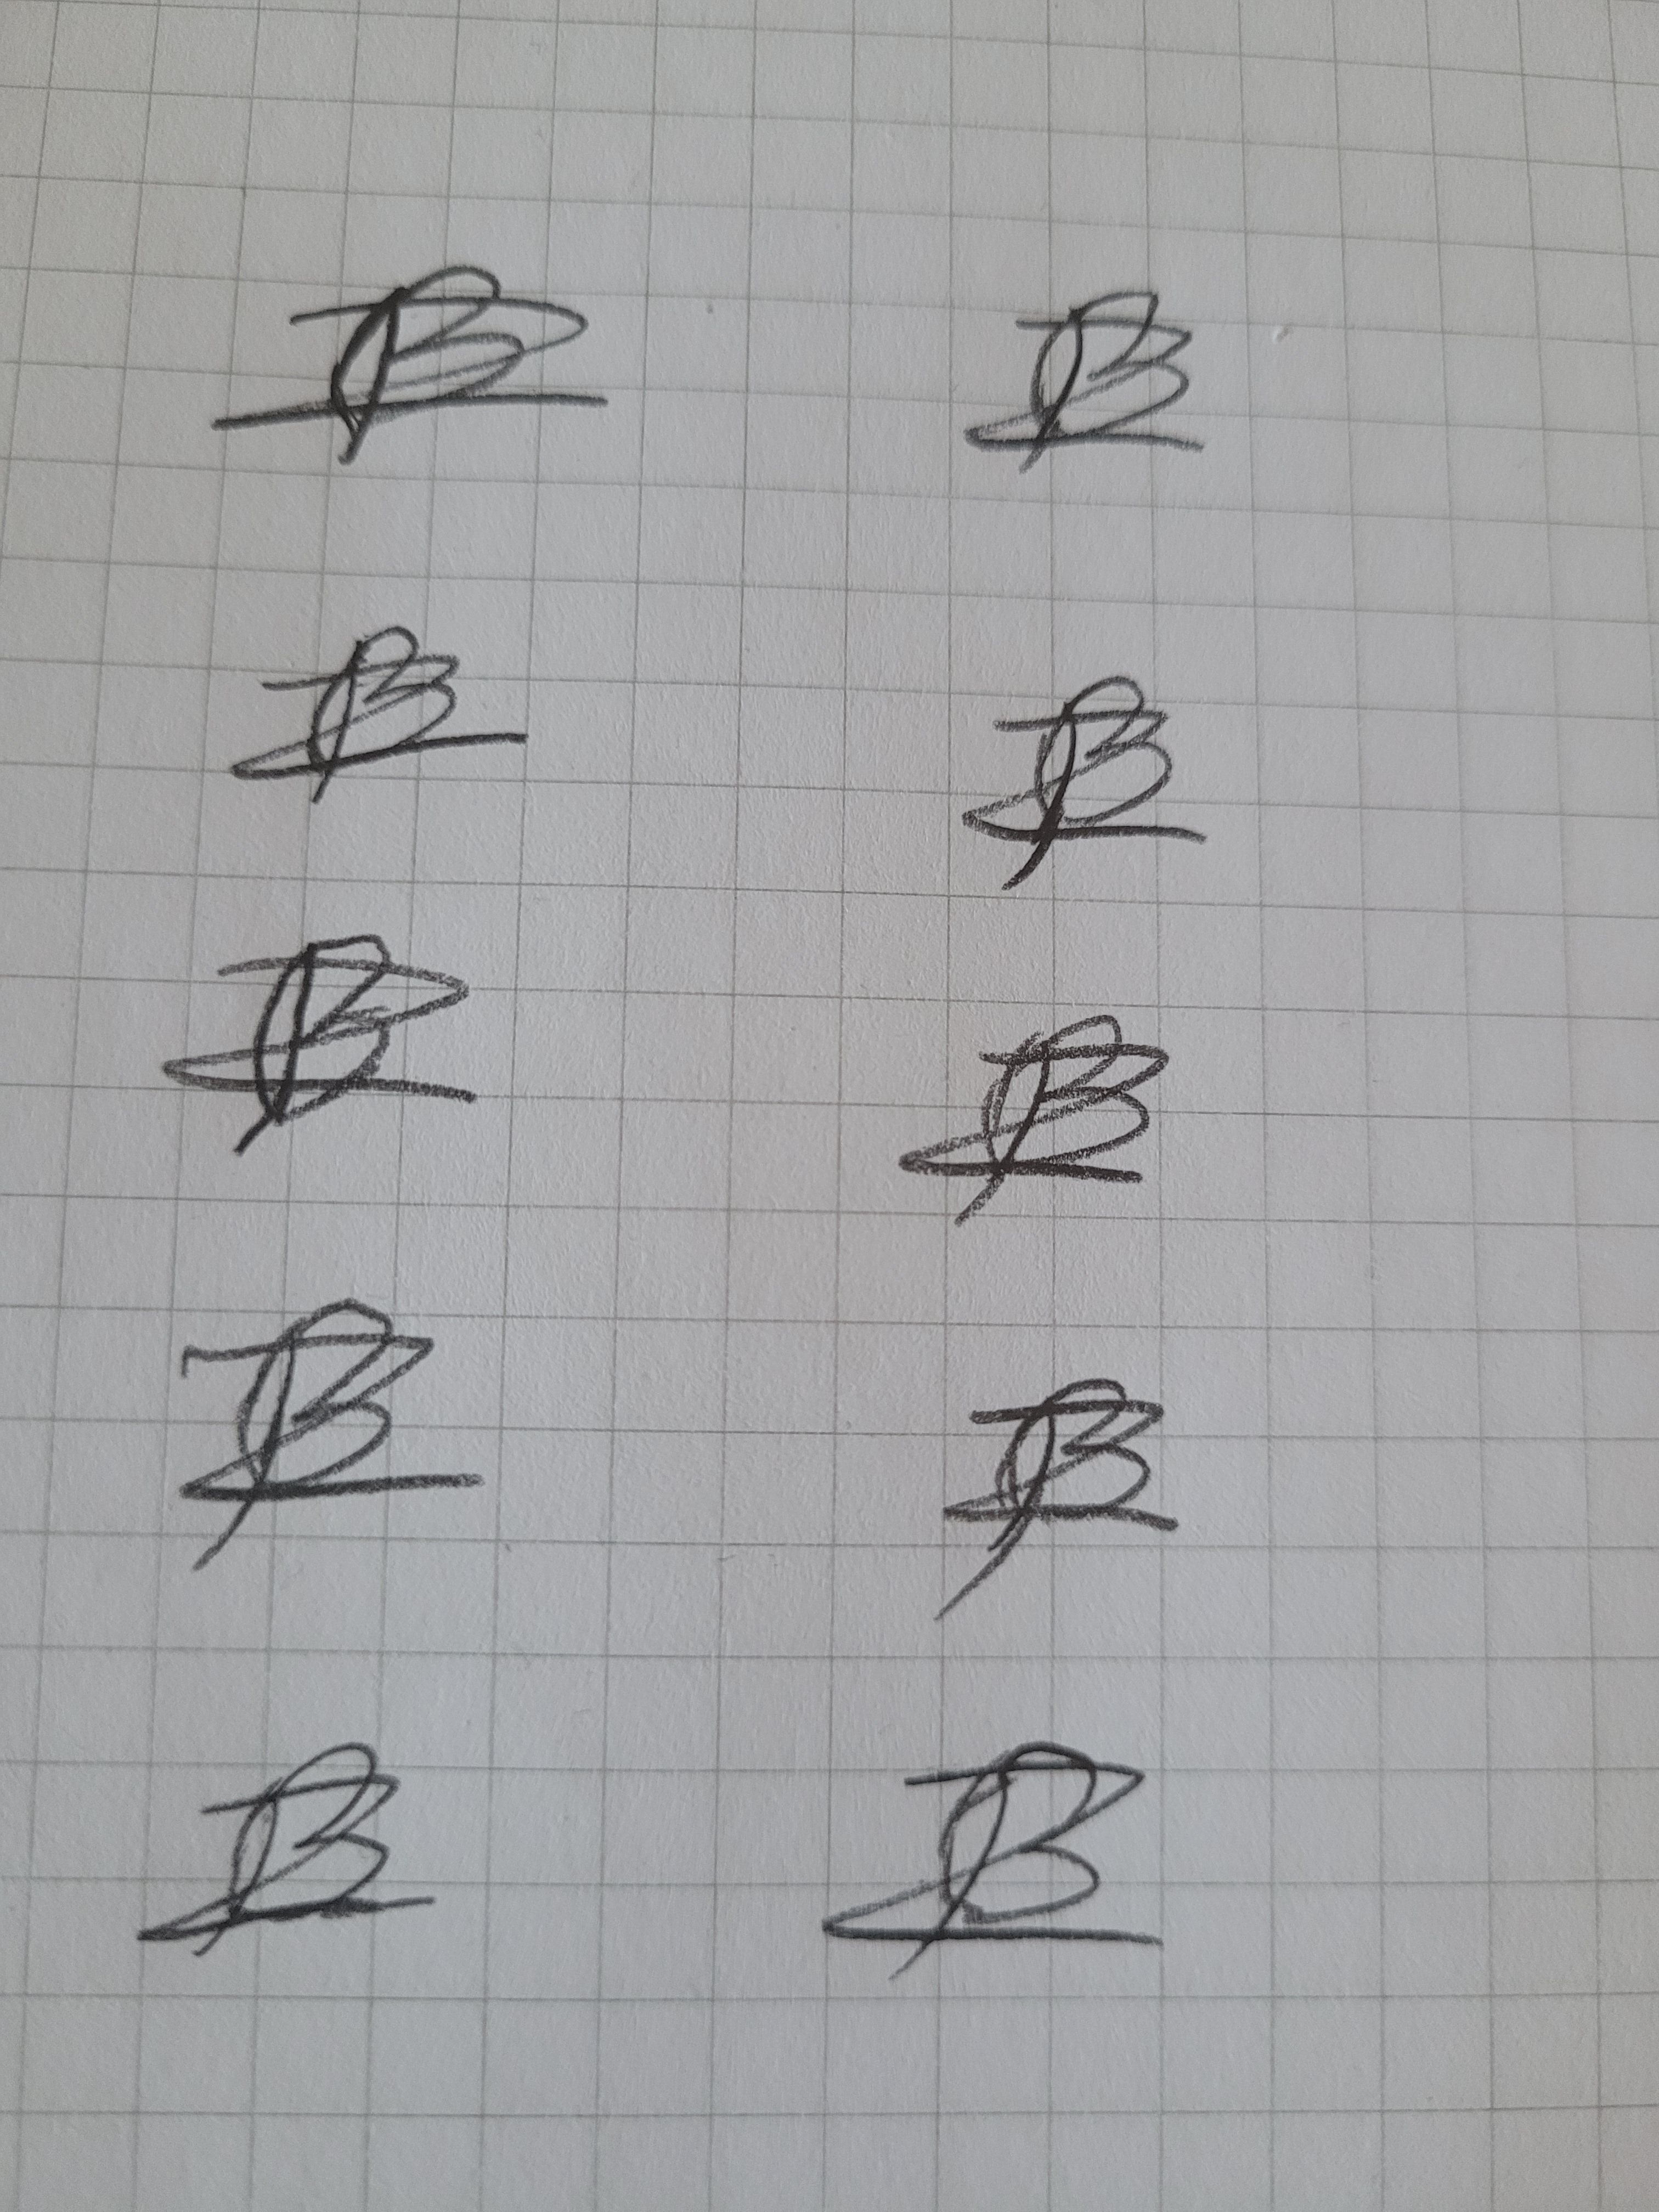
Signature authenticity: forged